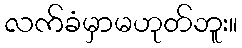
လက်ခံမှာမဟုတ်ဘူး။